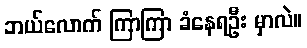
ဘယ်လောက် ကြာကြာ ခံနေရဦး မှာလဲ။